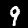
Digit: 9